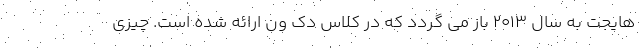
هایجت به سال 2013 باز می گردد که در کلاس دِک ون ارائه شده است. چیزی